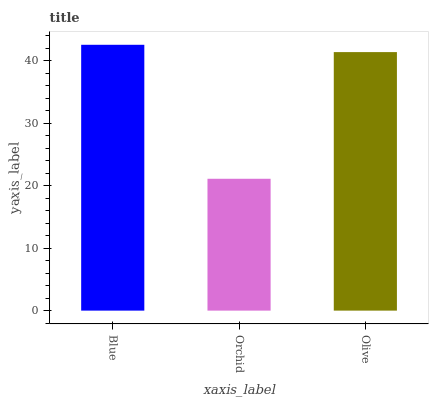
| xaxis_label | bars |
 | --- | --- |
 | Blue | 42.5 |
 | Orchid | 21.1 |
 | Olive | 41.4 |